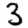
Digit: 3